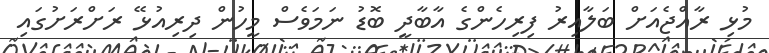
މުޅި ރާއްޖެއަށް ބަލާއިރު ފިރިހެންގެ އާބާދީ ބޮޑު ނަމަވެސް މީހުން ދިރިއުޅޭ ރަށްރަށުގައި